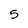
Character: 5